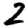
Digit: 2